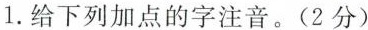
1.给下列加点的字注音。(2分)姹()紫嫣()红五彩缤()纷()2.联系上下文，解释词语。(4分)(1)悄无声息：_(2)体无完肤：_3.在第⑥段中，结合上下文猜猜西家的主人会怎么说，并填在文中的横线上。(2分)4.请在文中括号里填入恰当的关联词语。(2分)5.用简练的语言概括第④和⑤自然段的意思。(3分)第④段：_第⑤段：_6.画线的句子是对人物的什么描写?从这话中，你体会到了什么?(2分)